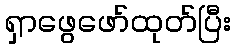
ရှာဖွေဖော်ထုတ်ပြီး